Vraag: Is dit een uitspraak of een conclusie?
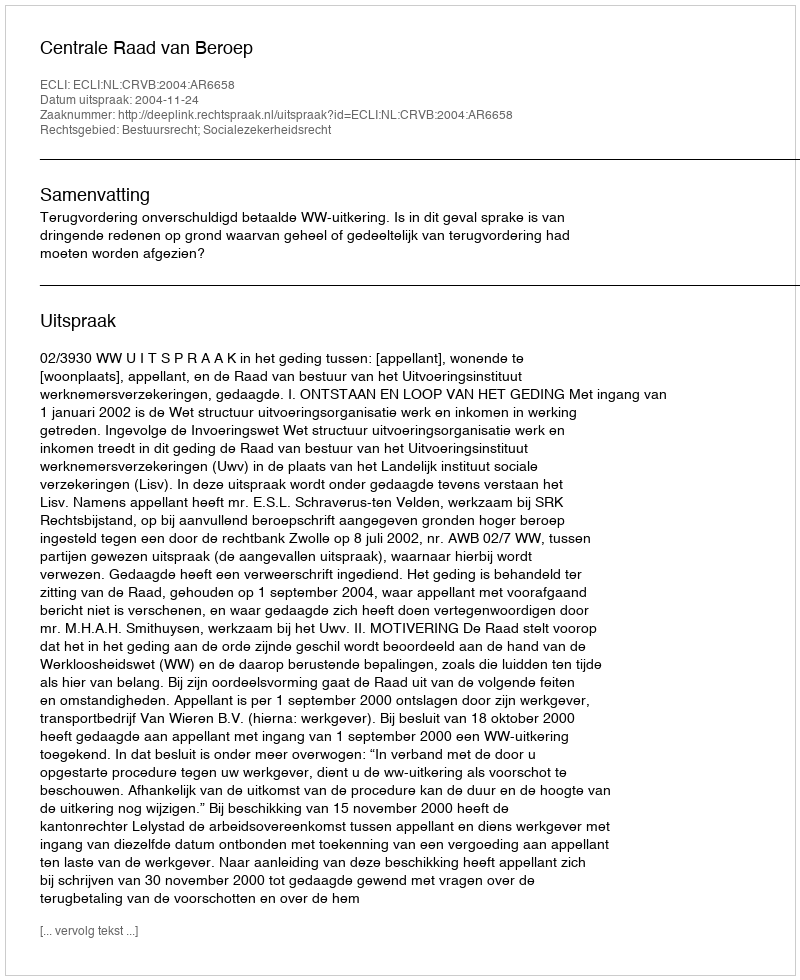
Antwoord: Uitspraak